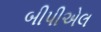
બીપીએલ